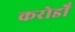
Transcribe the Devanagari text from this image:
करोडोँ